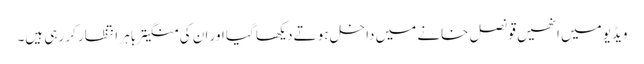
ویڈیو میں انھیں قونصل خانے میں داخل ہوتے دیکھا گیا اور ان کی منگیتر باہر انتظار کر رہی ہیں۔